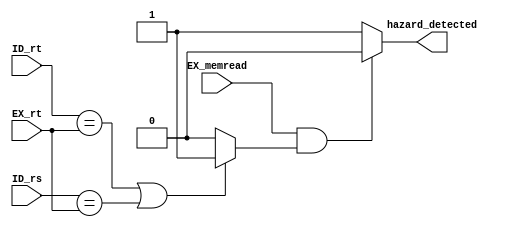
module HazardDetecting ( input [4:0] ID_rt, ID_rs, EX_rt, input EX_memread, output hazard_detected);
  wire cond;
  assign cond = (ID_rt == EX_rt) || (ID_rs == EX_rt) ? 1'b1 : 1'b0;
  assign hazard_detected = (EX_memread && cond) ? 1'b0 : 1'b1;
endmodule